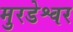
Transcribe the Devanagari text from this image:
मुरडेश्वर